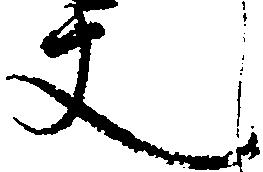
丈